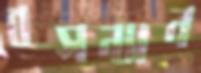
বসন্যান